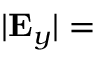
| { \bf { E } } _ { y } | =